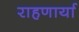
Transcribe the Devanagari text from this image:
राहणार्या